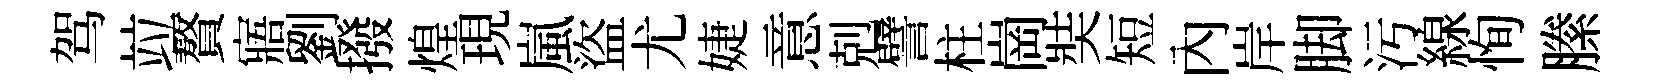
驾竝贅寤劉撥煌現嵐盜尤婕意剋譬柱崗奘短內岸脚污線恂縢